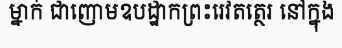
ម្នាក់ ជាញោមឧបដ្ឋាកព្រះរេវតត្ថេរ នៅក្នុង